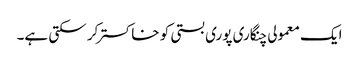
ایک معمولی چنگاری پوری بستی کو خاکستر کر سکتی ہے۔